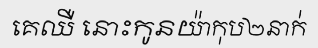
គេឈឺ នោះកូនយ៉ាកុប២នាក់